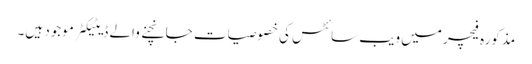
مذکورہ فیچر میں ویب سائٹس کی خصوصیات جانچنے والے ڈیٹیکٹر موجود ہیں۔